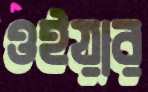
ওইয়ার